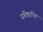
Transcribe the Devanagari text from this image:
प्रतिष्ठापित